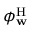
\phi _ { \mathbf { w } } ^ { \mathrm { H } }